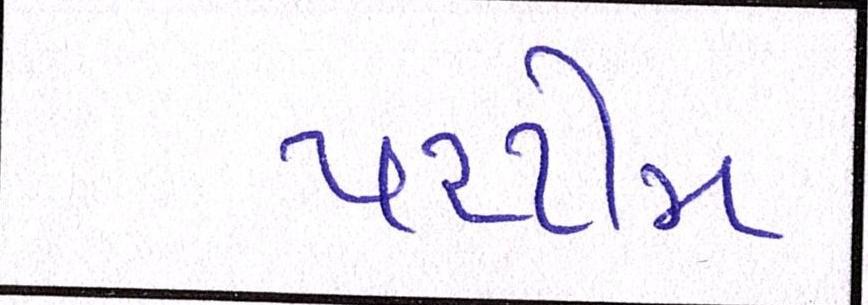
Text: પરટીમ